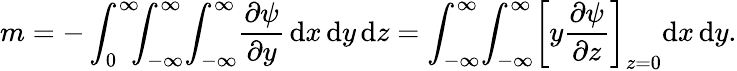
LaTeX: m=-\int_{0}^{\infty}\! \! \! \int_{-\infty}^{\infty}\! \int_{-\infty}^{\infty}\! \frac{\partial\psi}{\partial y}\, \textrm{d}x\, \textrm{d}y\, \textrm{d}z=\int_{-\infty}^{\infty}\! \int_{-\infty}^{\infty}\! \left[y\frac{\partial\psi}{\partial z}\right]_{z=0}\! \, \textrm{d}x\, \textrm{d}y.